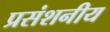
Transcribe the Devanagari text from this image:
प्रसंशनीय